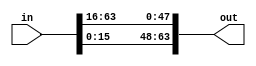
module rotate_nibbles(in,out);

input [63:0]in;
output [63:0]out;

assign out[63:56]=in[15:8];
assign out[55:48]=in[7:0];
assign out[47:0]=in[63:16];

endmodule